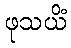
ဖုသယိံ